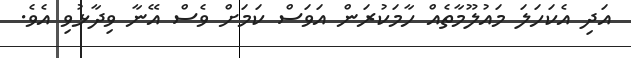
އަދި އެކަހަލަ މައުލޫމާތެއް ހާމަކުރަން އަވަސް ކަމަށް ވެސް އޭނާ ވިދާޅުވި އެވެ.